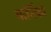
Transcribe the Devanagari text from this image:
वार्तिको